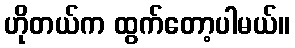
ဟိုတယ်က ထွက်တော့ပါမယ်။